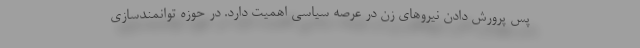
پس پرورش دادن نیروهای زن در عرصه سیاسی اهمیت دارد. در حوزه توانمندسازی